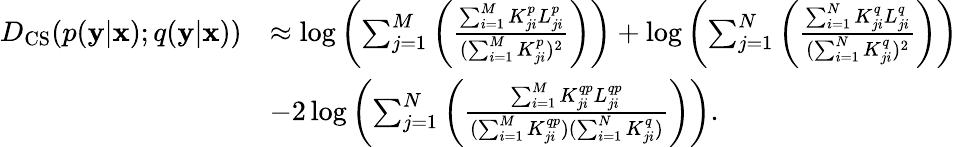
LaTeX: \begin{array}{rl}{D_{\mathrm{CS}}(p(\mathbf{y}|\mathbf{x});q(\mathbf{y}|\mathbf{x}))}&{\approx\log\left(\sum_{j=1}^{M}\left(\frac{\sum_{i=1}^{M}K_{ji}^{p}L_{ji}^{p}}{(\sum_{i=1}^{M}K_{ji}^{p})^{2}}\right)\right)+\log\left(\sum_{j=1}^{N}\left(\frac{\sum_{i=1}^{N}K_{ji}^{q}L_{ji}^{q}}{(\sum_{i=1}^{N}K_{ji}^{q})^{2}}\right)\right)}\\ &{-2\log\left(\sum_{j=1}^{N}\left(\frac{\sum_{i=1}^{M}K_{ji}^{qp}L_{ji}^{qp}}{(\sum_{i=1}^{M}K_{ji}^{qp})(\sum_{i=1}^{N}K_{ji}^{q})}\right)\right).}\end{array}